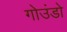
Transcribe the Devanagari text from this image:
गोउंडो